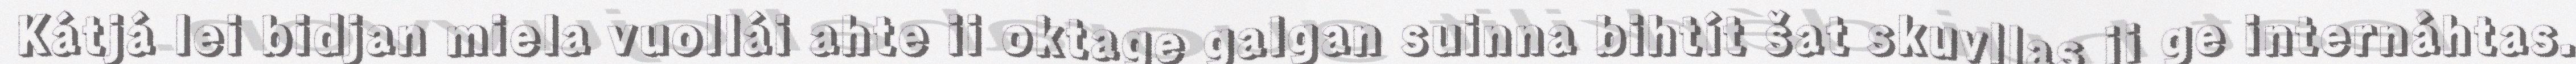
Kátjá lei bidjan miela vuollái ahte ii oktage galgan suinna bihtít šat skuvllas ii ge internáhtas.